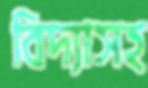
বিদ্যাসহ